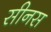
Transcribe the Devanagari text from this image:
सीनस